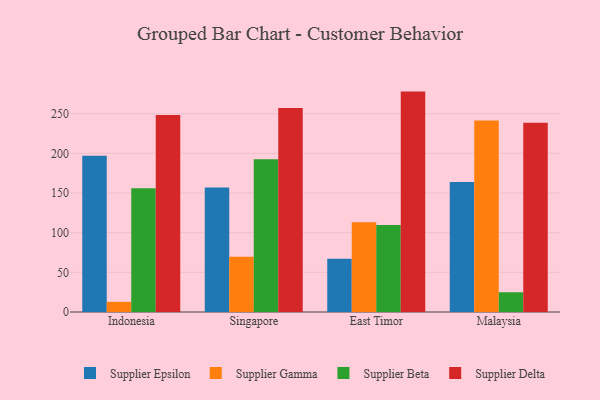
{"axis": {"x": "Country", "y": "Energy Usage (MWh)"}, "legend": ["Supplier Beta", "Supplier Delta", "Supplier Epsilon", "Supplier Gamma"], "data": [{"x": "Indonesia", "y": 196.8, "type": "Supplier Epsilon"}, {"x": "Indonesia", "y": 12.8, "type": "Supplier Gamma"}, {"x": "Indonesia", "y": 156.0, "type": "Supplier Beta"}, {"x": "Indonesia", "y": 248.3, "type": "Supplier Delta"}, {"x": "Singapore", "y": 156.8, "type": "Supplier Epsilon"}, {"x": "Singapore", "y": 69.6, "type": "Supplier Gamma"}, {"x": "Singapore", "y": 192.6, "type": "Supplier Beta"}, {"x": "Singapore", "y": 257.2, "type": "Supplier Delta"}, {"x": "East Timor", "y": 67.1, "type": "Supplier Epsilon"}, {"x": "East Timor", "y": 113.1, "type": "Supplier Gamma"}, {"x": "East Timor", "y": 109.6, "type": "Supplier Beta"}, {"x": "East Timor", "y": 277.8, "type": "Supplier Delta"}, {"x": "Malaysia", "y": 163.8, "type": "Supplier Epsilon"}, {"x": "Malaysia", "y": 241.3, "type": "Supplier Gamma"}, {"x": "Malaysia", "y": 24.9, "type": "Supplier Beta"}, {"x": "Malaysia", "y": 238.5, "type": "Supplier Delta"}]}